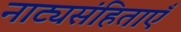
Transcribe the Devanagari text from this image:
नाट्यसंहिताएँ